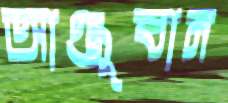
আঞ্জুবান